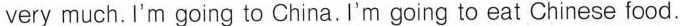
very much.I'm going to China. I'm going to eat Chinese food.